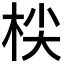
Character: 𣑷